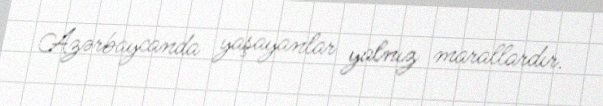
Azərbaycanda yaşayanlar yalnız marallardır.